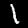
Label: 1